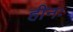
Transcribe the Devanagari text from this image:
हीनः